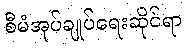
စီမံအုပ်ချုပ်ရေးဆိုင်ရာ